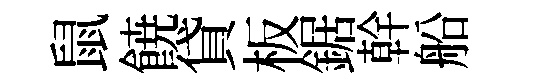
鼠𩜙貸板鋸幹船